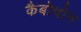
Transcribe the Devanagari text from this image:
कैबोचोन